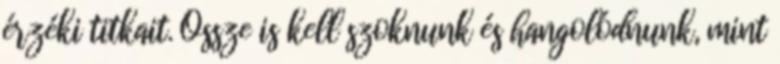
érzéki titkait. Össze is kell szoknunk és hangolódnunk, mint